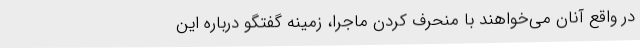
در واقع آنان می‌خواهند با منحرف کردن ماجرا، زمینه گفتگو درباره این